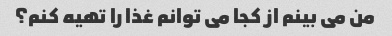
من می بینم از کجا می توانم غذا را تهیه کنم؟